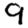
Digit: 9